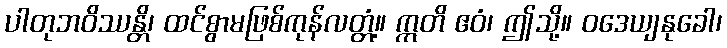
ပါတုဘဝိဿန္တိ၊ ထင်စွာမဖြစ်ကုန်လတ္တံ့။ ဣတိ ဧဝံ၊ ဤသို့။ ဝဒေယျနုခေါ၊